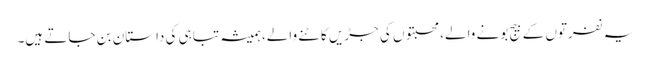
یہ نفرتوں کے بیج بونے والے، محبتوں کی جڑیں کاٹنے والے، ہمیشہ تباہی کی داستان بن جاتے ہیں۔